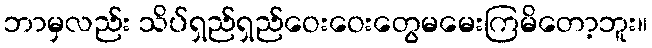
ဘာမှလည်း သိပ်ရှည်ရှည်ဝေးဝေးတွေမမေးကြမိတော့ဘူး။